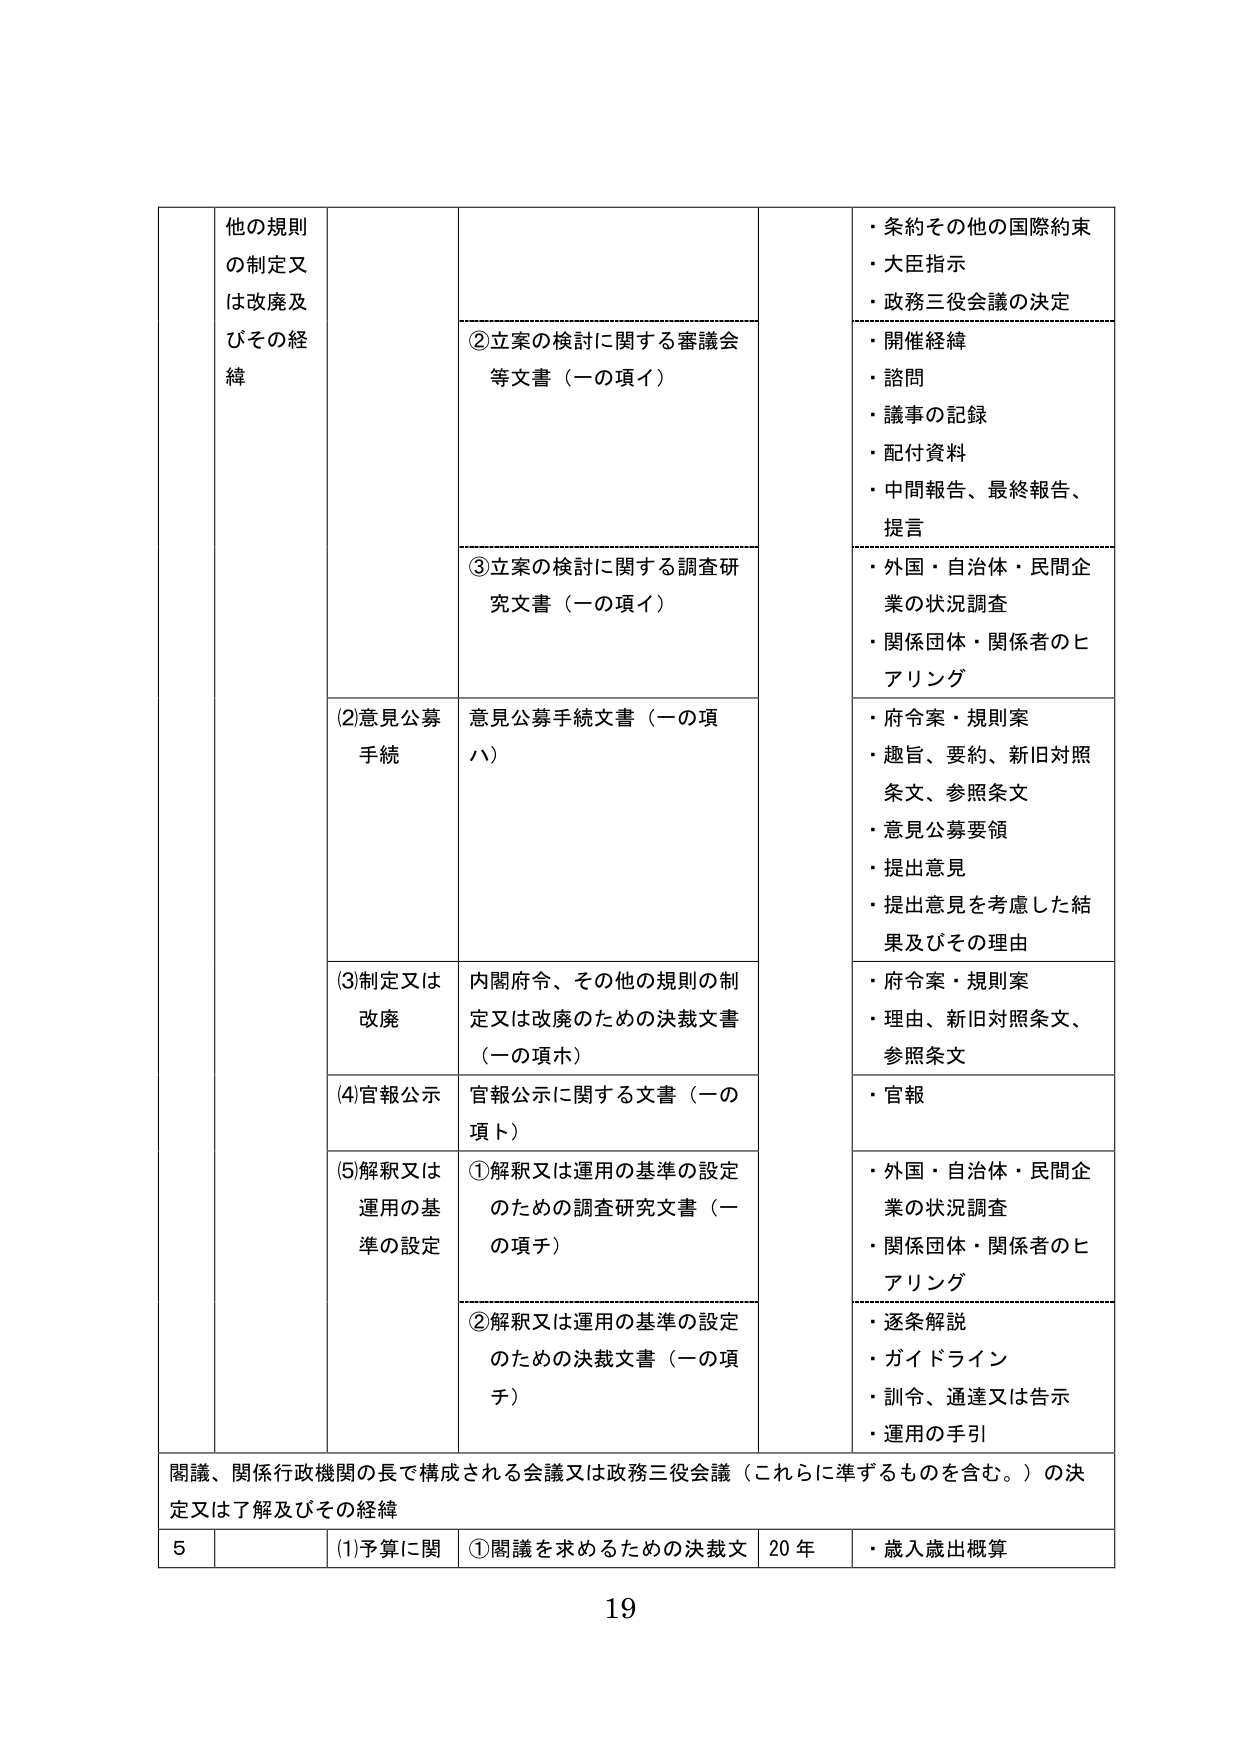
他の規則
の制定又
は改廃及
びその経
緯

②立案の検討に関する審議会
等文書（一の項イ）

・条約その他の国際約束
・大臣指示
・政務三役会議の決定

・開催経緯
・諮問
・議事の記録
・配付資料
・中間報告、最終報告、
提言

③立案の検討に関する調査研
究文書（一の項イ）

・外国・自治体・民間企
業の状況調査
・関係団体・関係者のヒ
アリング

(2)意見公募
手続

意見公募手続文書（一の項
ハ）

・府令案・規則案
・趣旨、要約、新旧対照
条文、参照条文
・意見公募要領
・提出意見
・提出意見を考慮した結
果及びその理由

(3)制定又は
改廃

内閣府令、その他の規則の制
定又は改廃のための決裁文書
（一の項ホ）

・府令案・規則案
・理由、新旧対照条文、
参照条文

(4)官報公示

官報公示に関する文書（一の
項ト）

・官報

(5)解釈又は
運用の基
準の設定

①解釈又は運用の基準の設定
のための調査研究文書（一
の項チ）

・外国・自治体・民間企
業の状況調査
・関係団体・関係者のヒ
アリング

②解釈又は運用の基準の設定
のための決裁文書（一の項
チ）

・逐条解説
・ガイドライン
・訓令、通達又は告示
・運用の手引

閲議、関係行政機関の長で構成される会議又は政務三役会議（これらに準ずるものを含む。）の決
定又は了解及びその経緯

5
(1)予算に関
①閲議を求めるための決裁文
20 年
・歳入歳出概算

19